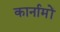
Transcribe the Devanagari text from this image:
कार्नामों